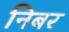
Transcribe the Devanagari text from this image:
निबर